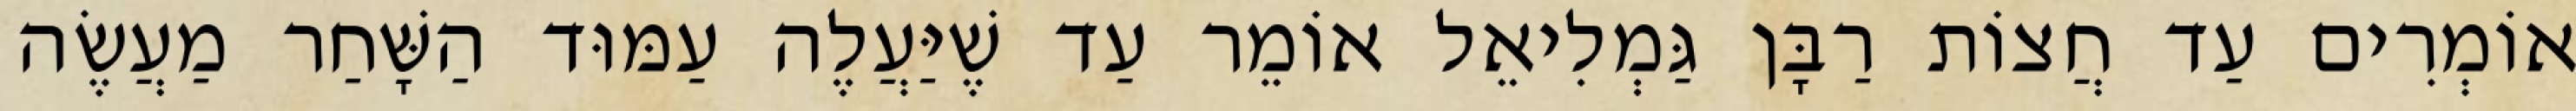
אוֹמְרִים עַד חֲצוֹת רַבָּן גַּמְלִיאֵל אוֹמֵר עַד שֶׁיַּעֲלֶה עַמּוּד הַשָּׁחַר מַעֲשֶׂה